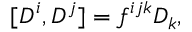
[ D ^ { i } , D ^ { j } ] = f ^ { i j k } D _ { k } ,